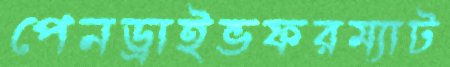
পেনড্রাইভফরম্যাট